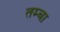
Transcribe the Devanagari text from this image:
तम्बा